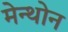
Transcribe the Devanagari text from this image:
मेन्थोन